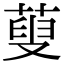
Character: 蓃